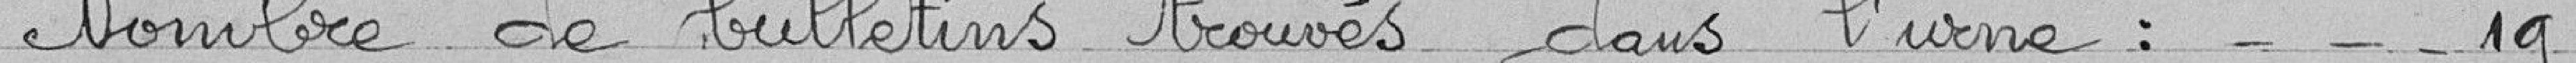
Nombre de bulletins trouvés dans l'urne : 19